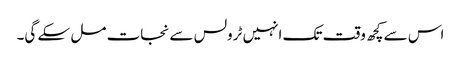
اس سے کچھ وقت تک انہیں ٹرولس سے نجات مل سکے گی۔